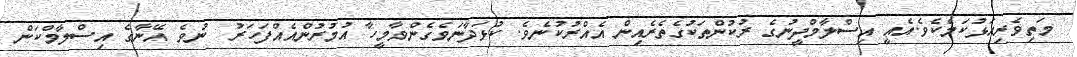
މަތިވެރިއަޅުކަމެކެވެ.އެއީ އިސްލާމްދީނުގެ ރުކުންތަކުގެތެރެއިން އެއްރުކުނެވެ. ކުޅަދާނަވެގެންވާމީހާ އުމުރުންއެއްފަހަރު  ނުވެ އޭނާގެ އިސްލާމްކަން